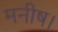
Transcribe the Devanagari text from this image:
मनीष।